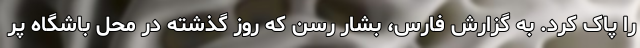
را پاک کرد. به گزارش فارس، بشار رسن که روز گذشته در محل باشگاه پر